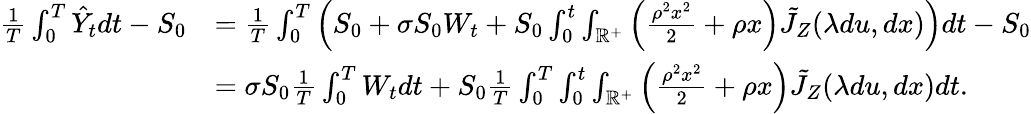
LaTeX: \begin{array}{rl}{\frac{1}{T}\int_{0}^{T}\hat{Y}_{t}dt-S_{0}}&{=\frac{1}{T}\int_{0}^{T}\left(S_{0}+\sigma S_{0}{W}_{t}+S_{0}\int_{0}^{t}\int_{\mathbb{R}^{+}}\left(\frac{\rho^{2}x^{2}}{2}+\rho x\right)\tilde{J}_{Z}(\lambda du,dx)\right)dt-S_{0}}\\ &{=\sigma S_{0}\frac{1}{T}\int_{0}^{T}{W}_{t}dt+S_{0}\frac{1}{T}\int_{0}^{T}\int_{0}^{t}\int_{\mathbb{R}^{+}}\left(\frac{\rho^{2}x^{2}}{2}+\rho x\right)\tilde{J}_{Z}(\lambda du,dx)dt.}\end{array}